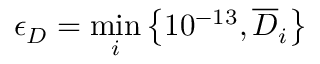
\epsilon _ { D } = \operatorname* { m i n } _ { i } \left\{ 1 0 ^ { - 1 3 } , \overline { { D } } _ { i } \right\}